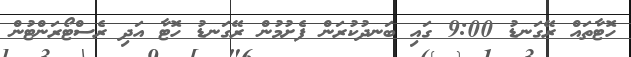
ހޮޓާތައް ރޭގަނޑު 9:00 ގައި ބަނދުކުރަން ފެށުމުން ރޭގަނޑު ހޮޓާ އަދި ރެސްޓޯރަންޓުން